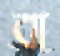
বা